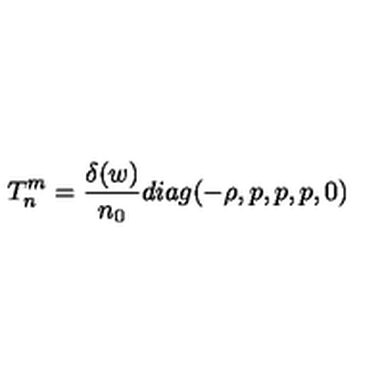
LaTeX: T _ { n } ^ { m } = \frac { \delta ( w ) } { n _ { 0 } } d i a g ( - \rho , p , p , p , 0 )